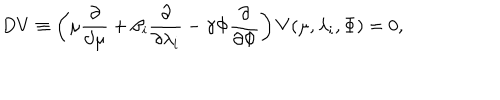
D V \equiv \left( \mu \frac { \partial } { \partial \mu } + \beta _ { i } \frac { \partial } { \partial \lambda _ { i } } - \gamma \Phi \frac { \partial } { \partial \Phi } \right) V ( \mu , \lambda _ { i } , \Phi ) = 0 ,